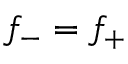
f _ { - } = f _ { + }